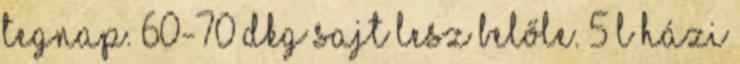
tegnap. 60-70 dkg sajt lesz belőle. 5 l házi